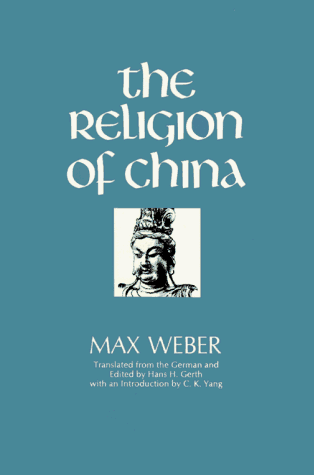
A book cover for The Religion of China; Max Weber; Religion & Spirituality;